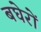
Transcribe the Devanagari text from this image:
बघेरों